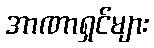
အာဏာရှင်များ